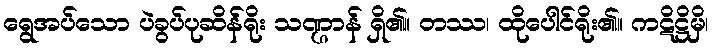
ရွေအပ်သော ပဲခွပ်ပုဆိန်ရိုး သဏ္ဌာန် ရှိ၏။ တဿ၊ ထိုပေါင်ရိုး၏။ ကဋိဋ္ဌိမှိ၊